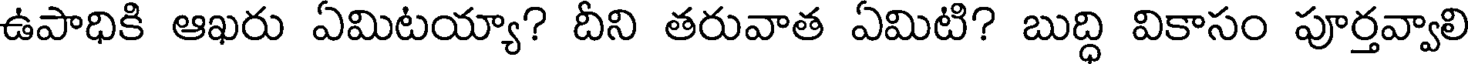
ఉపాధికి ఆఖరు ఏమిటయ్యా? దీని తరువాత ఏమిటి? బుద్ధి వికాసం పూర్తవ్వాలి